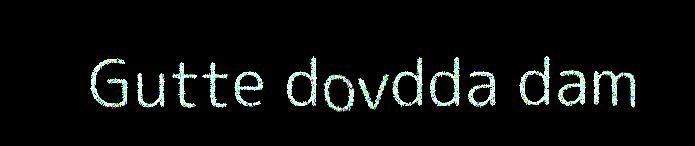
Gutte dovdda dam